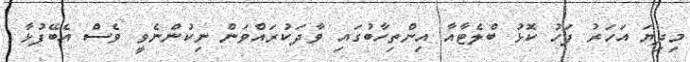
މިދިޔަ އަހަރު ފަހު ކޮޅު ބްލެޓާއާ އިންތިހާބުގައި ވާދަކުރައްވަން ނިކުންނެވީ ވެސް އެބޭފުޅާ